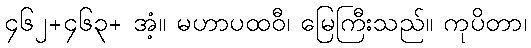
၄၆၂+၄၆၃+ အံ့။ မဟာပထဝီ၊ မြေကြီးသည်။ ကုပိတာ၊